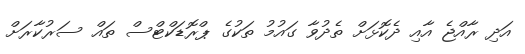
އަދި ރާއްޖެ އާއި ދެކޮޅަށް ތެދުވާ ގައުމު ތަކުގެ ޕްރޮޑަކްޓްސް ތައް ސަރުކާރަށް